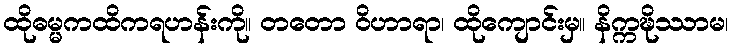
ထိုဓမ္မကထိကရဟန်းကို။ တတော ဝိဟာရာ၊ ထိုကျောင်းမှ။ နိက္ကဍ္ဎိဿာမ၊